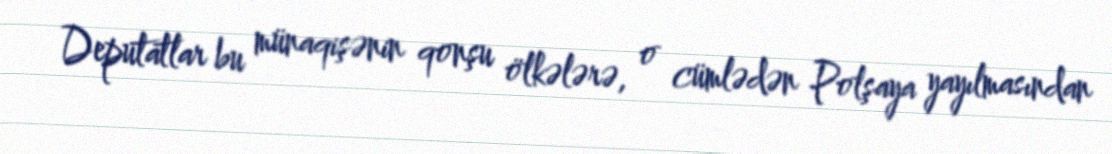
Deputatlar bu münaqişənin qonşu ölkələrə, o cümlədən Polşaya yayılmasından